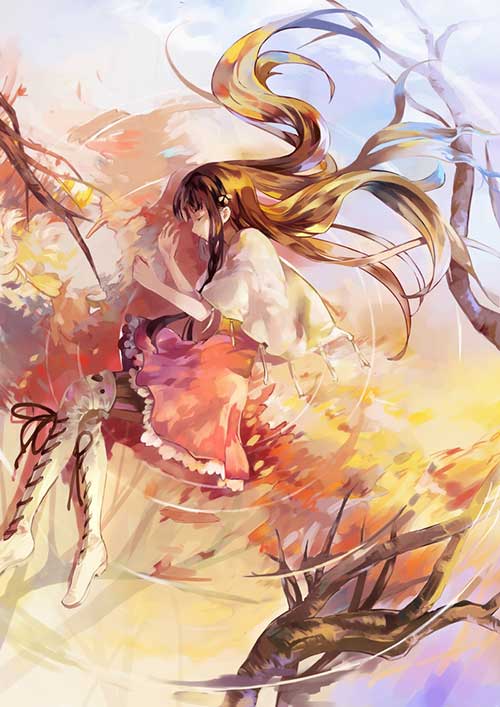
东飞伯劳西飞燕，黄姑织女时相见。